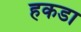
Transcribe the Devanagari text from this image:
हकडा